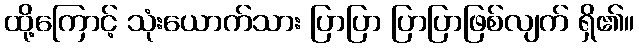
ထို့ကြောင့် သုံးယောက်သား ပြာပြာ ပြာပြာဖြစ်လျက် ရှိ၏။